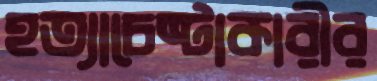
হত্যাচেষ্টাকারীর